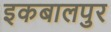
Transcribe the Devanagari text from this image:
इकबालपुर